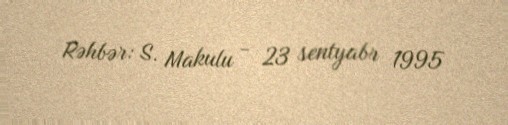
Rəhbər: S. Makulu - 23 sentyabr 1995